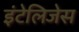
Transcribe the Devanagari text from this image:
इंटेलिजेस